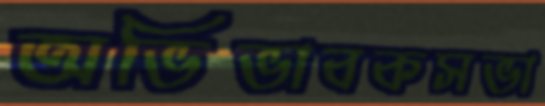
অভিভাবকসভা